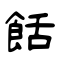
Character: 餂